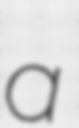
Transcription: a